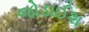
જોડાઈશ